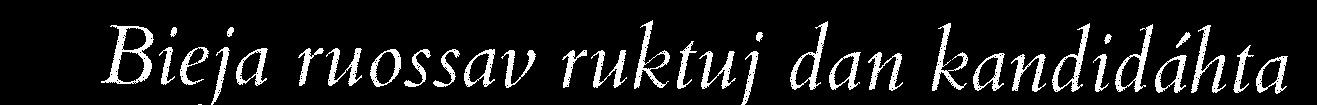
Bieja ruossav ruktuj dan kandidáhta